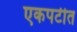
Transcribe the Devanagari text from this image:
एकपटीत